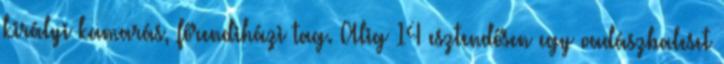
királyi kamarás, főrendiházi tag. Alig 14 esztendősen egy vadászbaleset